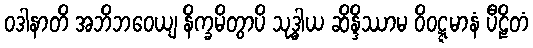
ဝဒါနာတိ အဘိဘဝေယျ နိက္ခမိတွာပိ သုဒ္ဓါယ ဆိန္ဒိဿာမ ဝိဝဋ္ဋမာနံ ပီဠိတံ